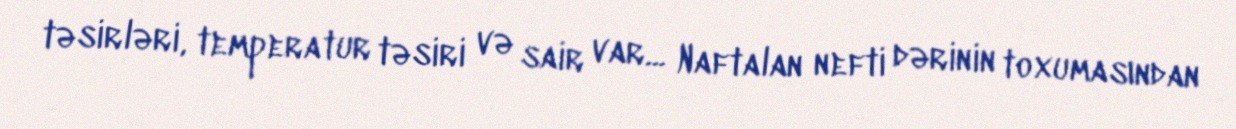
təsirləri, temperatur təsiri və sair var... Naftalan nefti dərinin toxumasından